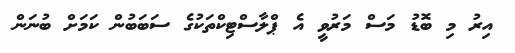
އިރު މި ބޮޑު މަސް މަަރުވީ އެ ޕްލާސްޓިކްތަކުގެ ސަބަބުން ކަމަށް ބުނަން